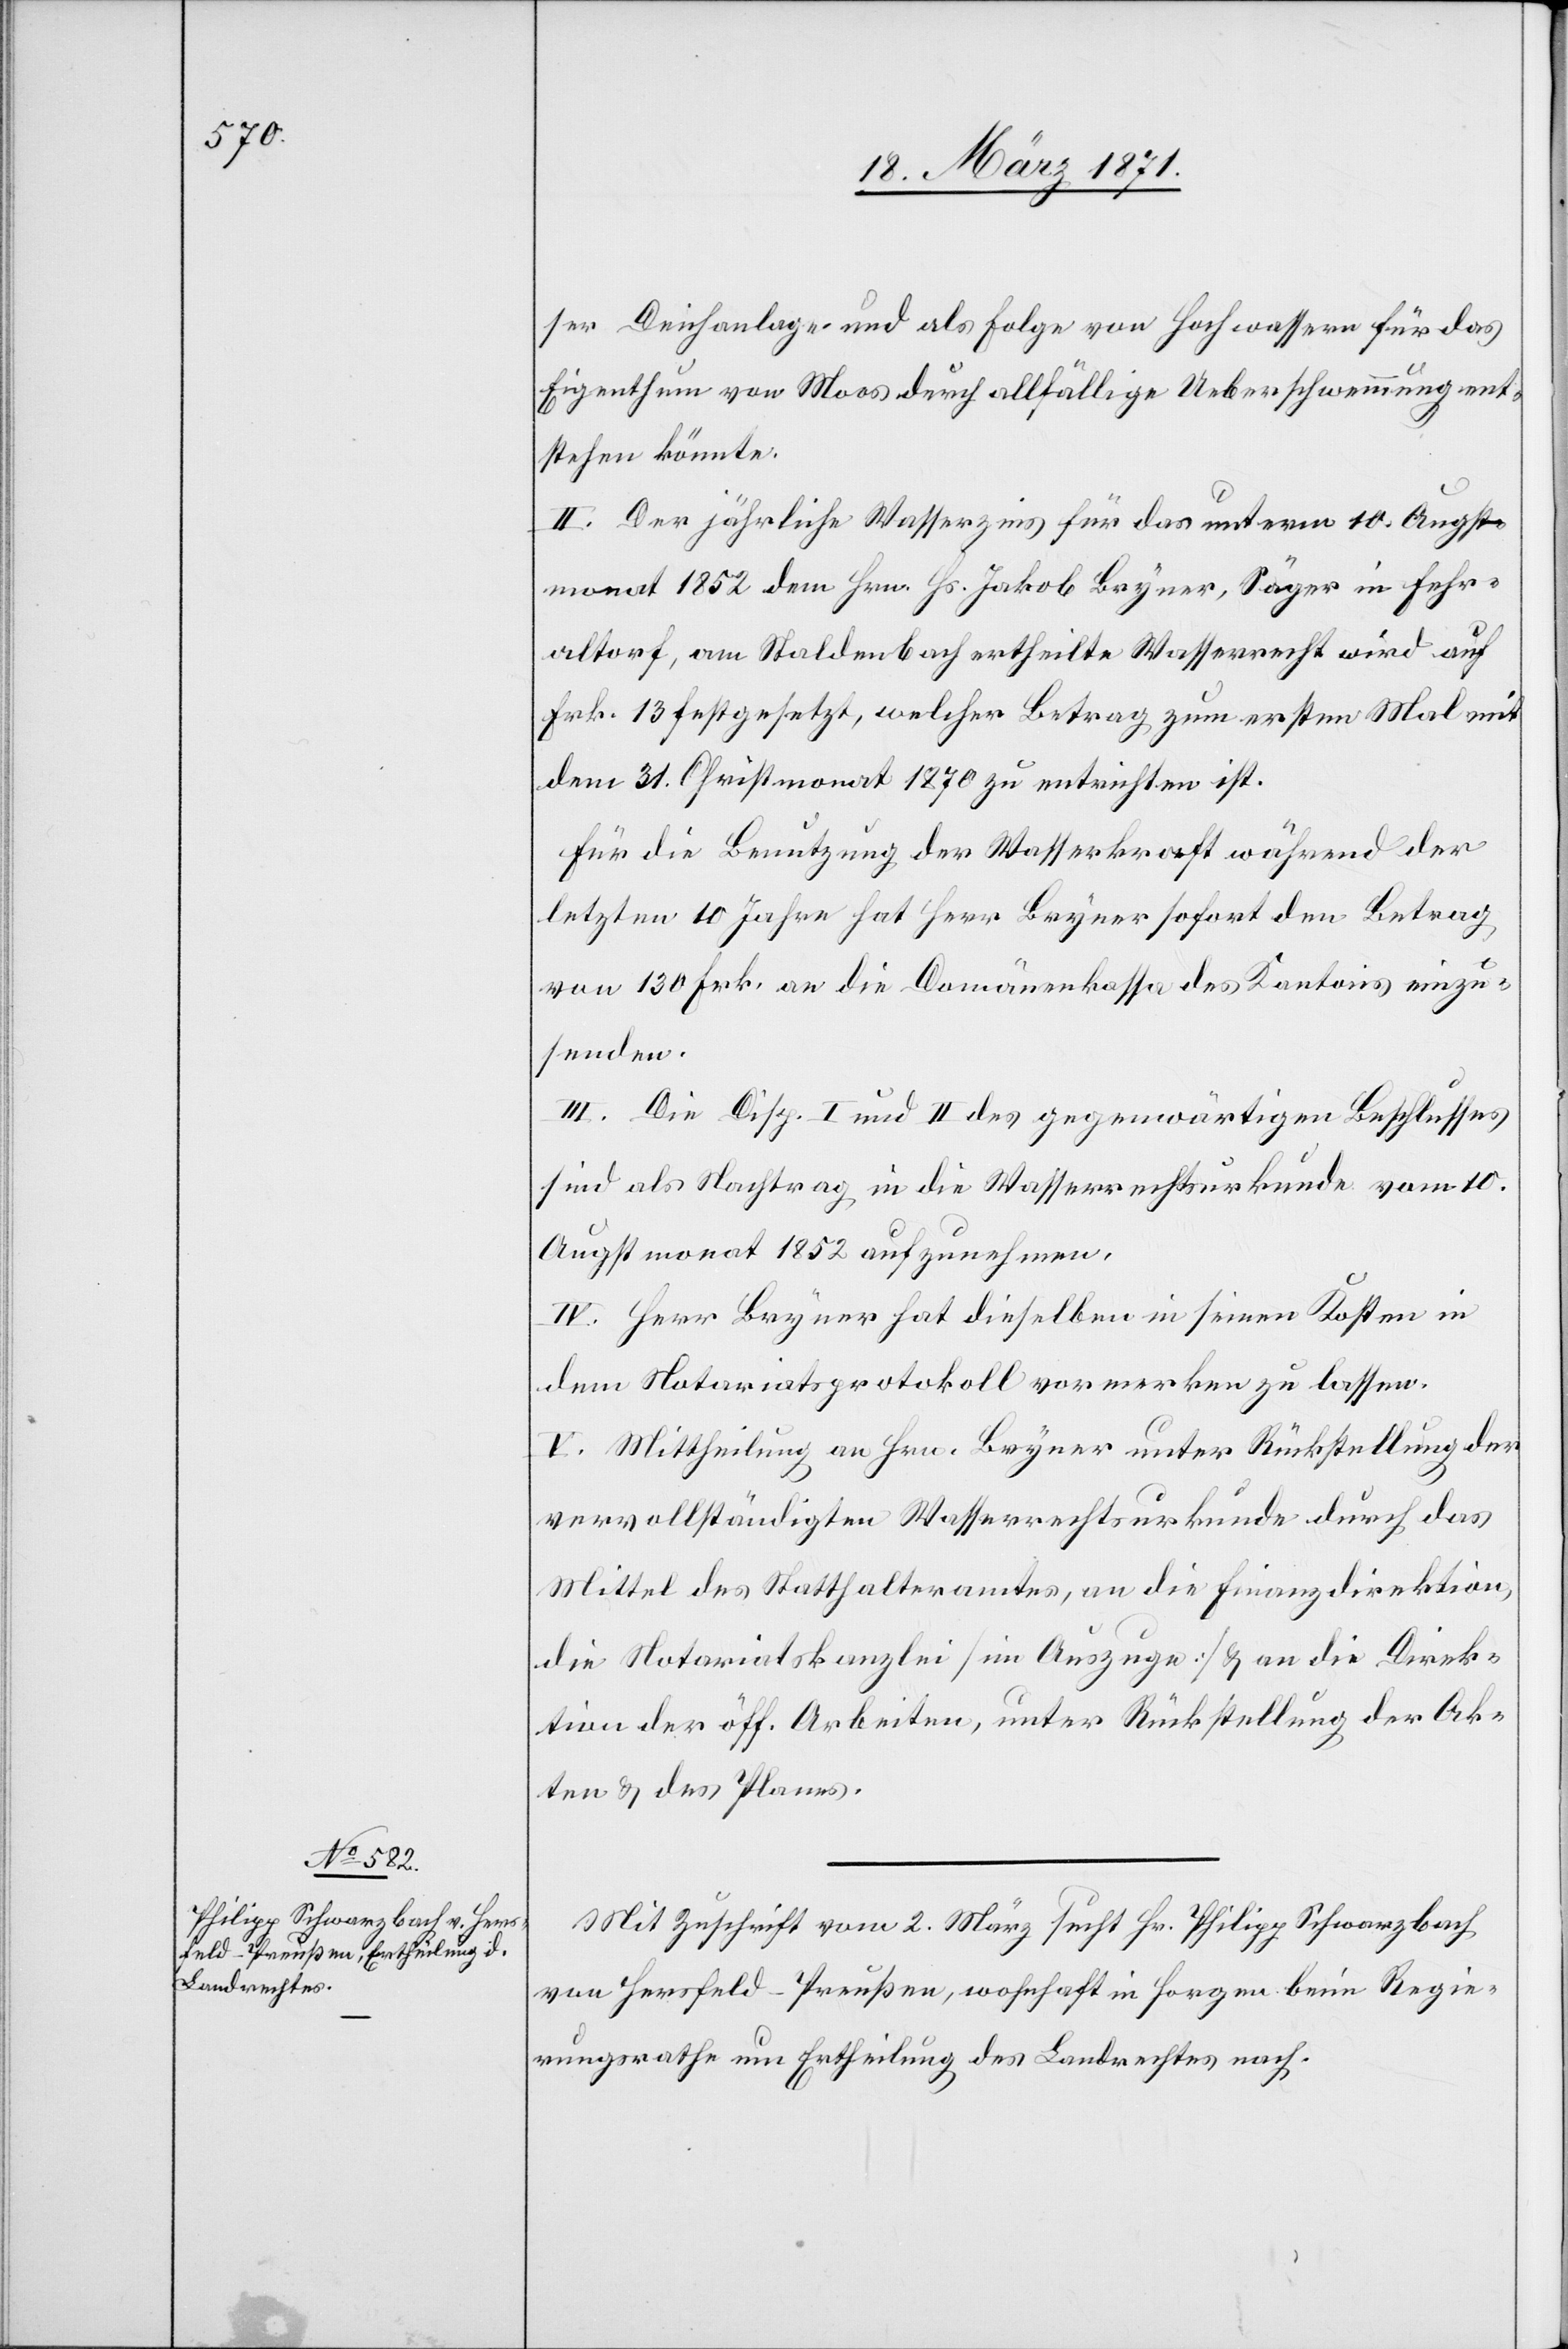
ser Deichanlage und als Folge von Hochwassern für das
Eigenthum von Moos durch allfällige Ueberschwemmung ent¬
stehen könnte.
II. Der jährliche Wasserzins für das unterm 10. Augst¬
monat 1852 dem Hrn. Hs. Jakob Bryner, Säger in Fehr¬
altorf, am Staldenbach ertheilte Wasserrecht wird auf
Frk. 13 festgesetzt, welcher Betrag zum ersten Mal mit
dem 31. Christmonat 1870 zu entrichten ist.
Für die Benutzung der Wasserkraft während der
letzten 10 Jahre hat Herr Bryner sofort den Betrag
von 130 Frk. an die Domänenkasse des Kantons einzu¬
senden.
III. Die Disp. I und II des gegenwärtigen Beschlusses
sind als Nachtrag in die Wasserrechtsurkunde vom 10.
Augstmonat 1852 aufzunehmen.
IV. Herr Bryner hat dieselben in seinen Kosten in
dem Notariatsprotokoll vormerken zu lassen.
V. Mittheilung an Hrn. Bryner unter Rückstellung der
vervollständigten Wasserrechtsurkunde durch das
Mittel des Statthalteramtes, an die Finanzdirektion,
die Notariatskanzlei [im Auszuge] u. an die Direk¬
tion der öff. Arbeiten, unter Rückstellung der Ak¬
ten u. des Planes.
Mit Zuschrift vom 2. März sucht Hr. Philipp Schwarzbach
von Hersfeld-Preußen, wohnhaft in Horgen beim Regie¬
rungsrath um Ertheilung des Landrechtes nach.